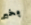
بخير